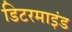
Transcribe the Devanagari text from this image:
डिटरमाइंड